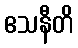
ဧသနီတိ